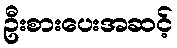
ဦးစားပေးအဆင့်